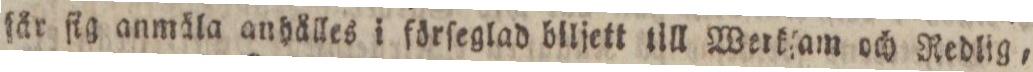
ſår fig anmäla anhålles i förſeglad biljett till werkſam och Redlig,